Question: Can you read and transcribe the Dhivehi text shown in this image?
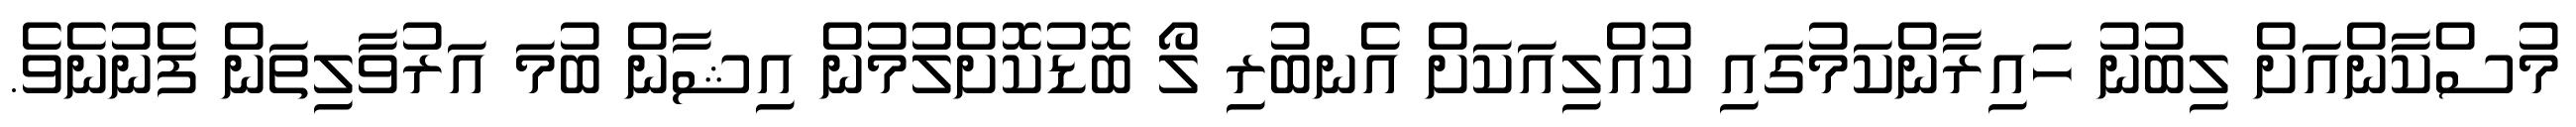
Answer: މުސްކާންއަށް ލިބުނު ހައިރާންކަމުގައި ކުއްލިއަކަށް އެނބުރި ލޯ ބޮޑުކޮށްލުމުން އިޝާން ބުމަ އަރުވާލިތަން ފެނުނެވެ.